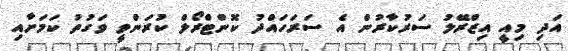
އަދި މިއީ އިޒްރޭލު ސަރުކާރުން އެ ސަރަހައްދު ކޮންޓްރޯލް ކުރަންވީ ވަގުތު ކަމަށާއި